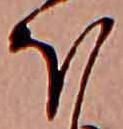
ほ